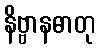
နိဗ္ဗာနဓာတု